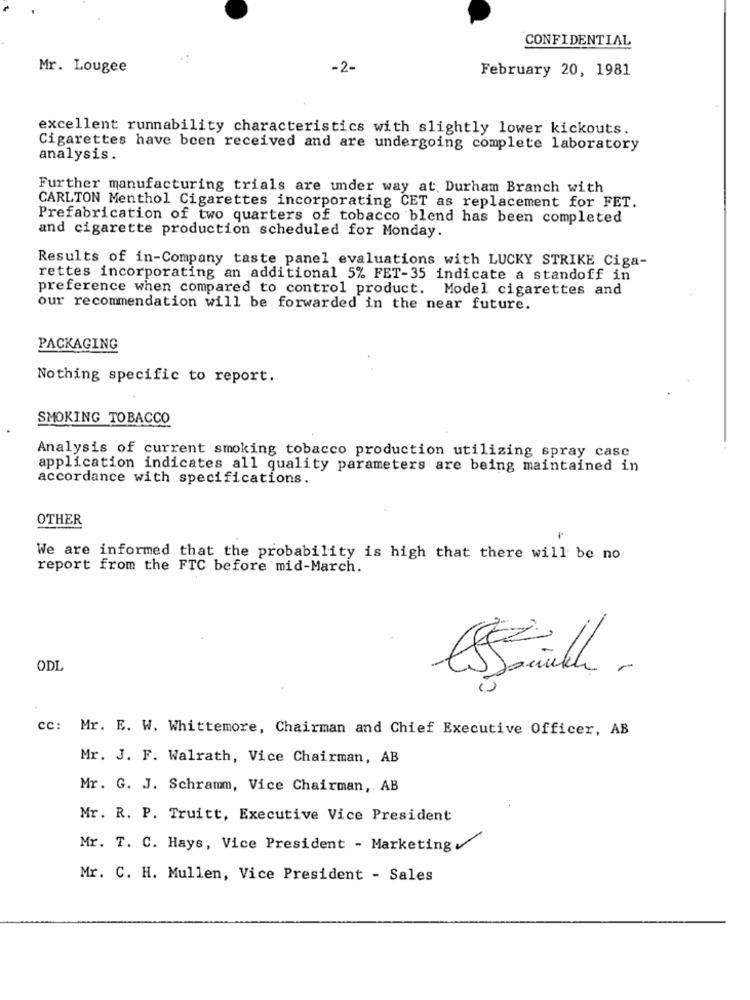
CONFIDENTIAL
Mr. Lougee
-2-
February 20, 1981
excellent runnability characteristics with slightly lower kickouts.
Cigarettes have been received and are undergoing complete laboratory
analysis.
Further manufacturing trials are under way at, Durham Branch with
CARLTON Menthol Cigarettes incorporating CET as replacement for FET.
Prefabrication of two quarters of tobacco blend has been completed
and cigarette production scheduled for Monday.
Results of in-Company taste panel evaluations with LUCKY STRIKE Ciga-
rettes incorporating an additional 5% FET-35 indicate a standoff in
preference when compared to control product. Model cigarettes and
our recommendation will be forwarded in the near future.
PACKAGING
Nothing specific to report.
SMOKING TOBACCO
Analysis of current smoking tobacco production utilizing spray case
application indicates all quality parameters are being maintained in
accordance with specifications.
OTHER
We are informed that the probability is high that there will be no
report from the FTC before mid-March.
ODL
cc: Mr. E. W. Whittemore, Chairman and Chief Executive Officer, AB
Mr. J. F. Walrath, Vice Chairman, AB
Mr. G. J. Schramm, Vice Chairman, AB
Mr. R. P. Truitt, Executive Vice President
Mr. T. C. Hays, Vice President - Marketing
Mr. C. H. Mullen, Vice President - Sales